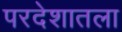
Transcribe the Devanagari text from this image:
परदेशातला